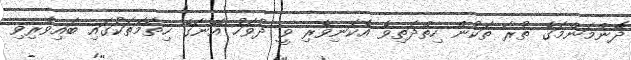
ދޮންމަންމަގެ ތުރާ ތަކުން ހިތްދަތިވެ އެކަނިވެރި ވީ ދުވަހު އޭނާގެ ހިތާމަތަކުގައި ބައިވެރިވި